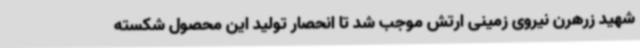
شهید زرهرن نیروی زمینی ارتش موجب شد تا انحصار تولید این محصول شکسته